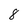
Character: 8